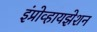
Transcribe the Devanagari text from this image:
इंप्रोव्हायझेशन